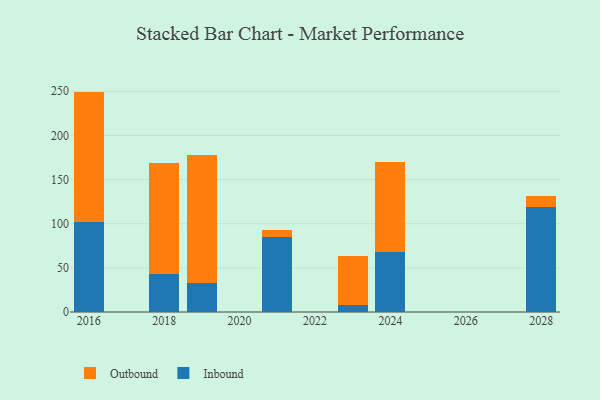
{"axis": {"x": "Year", "y": "Net Income (USD K)"}, "legend": ["Inbound", "Outbound"], "data": [{"x": "2024", "y": 68.5, "type": "Inbound"}, {"x": "2024", "y": 101.3, "type": "Outbound"}, {"x": "2023", "y": 7.8, "type": "Inbound"}, {"x": "2023", "y": 56.0, "type": "Outbound"}, {"x": "2016", "y": 102.3, "type": "Inbound"}, {"x": "2016", "y": 147.3, "type": "Outbound"}, {"x": "2019", "y": 32.4, "type": "Inbound"}, {"x": "2019", "y": 145.6, "type": "Outbound"}, {"x": "2028", "y": 119.0, "type": "Inbound"}, {"x": "2028", "y": 12.7, "type": "Outbound"}, {"x": "2021", "y": 84.9, "type": "Inbound"}, {"x": "2021", "y": 8.0, "type": "Outbound"}, {"x": "2018", "y": 43.0, "type": "Inbound"}, {"x": "2018", "y": 125.9, "type": "Outbound"}]}